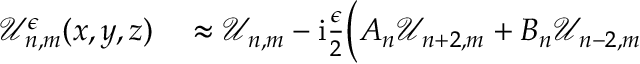
\begin{array} { r l } { \mathcal { U } _ { n , m } ^ { \epsilon } ( x , y , z ) } & { { } \approx \mathcal { U } _ { n , m } - \mathrm { i } \frac { \epsilon } { 2 } \Big ( A _ { n } \mathcal { U } _ { n + 2 , m } + B _ { n } \mathcal { U } _ { n - 2 , m } } \end{array}